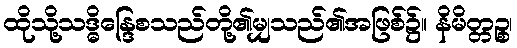
ထိုသို့သဒ္ဓိန္ဒြေစသည်တို့၏မျှသည်၏အဖြစ်၌။ နိမိတ္တဉ္စ၊